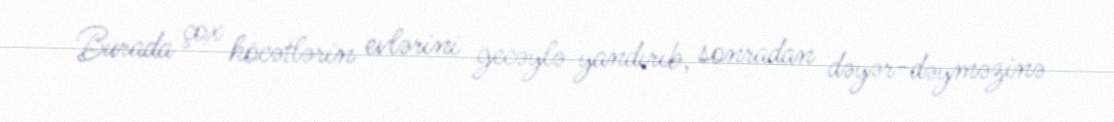
Burada çox höcətlərin evlərini gecəylə yandırıb, sonradan dəyər-dəyməzinə